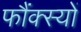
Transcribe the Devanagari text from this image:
फौंक्स्यों